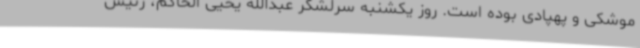
موشکی و پهپادی بوده است. روز یکشنبه سرلشکر عبدالله یحیی الحاکم،‌ رئیس